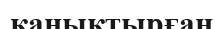
қанықтырған